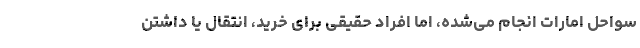
سواحل امارات انجام می‌شده، اما افراد حقیقی برای خرید، انتقال یا داشتن